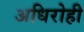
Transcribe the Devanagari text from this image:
अधिरोही